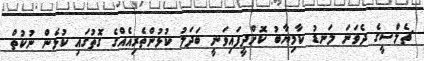
ޗެލްސީގެ ދެވަނަ ލަނޑު ކާމިޔާބު ކޮށްދީފައިވަނީ ބަދަލު ކުޅުންތެރިއެއްގެ ގޮތުގައި ކުޅެން ނުކުތް